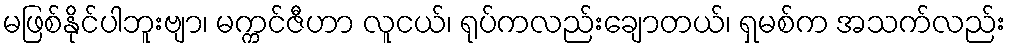
မဖြစ်နိုင်ပါဘူးဗျာ၊ မက္ကင်ဇီဟာ လူငယ်၊ ရုပ်ကလည်းချောတယ်၊ ရှမစ်က အသက်လည်း